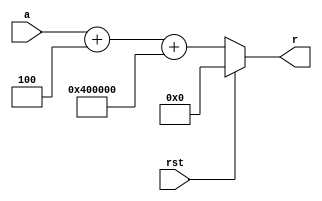
`timescale 1ns / 1ps
//////////////////////////////////////////////////////////////////////////////////
// Company: 
// Engineer: 
// 
// Design Name: 
// Module Name: add4
// Project Name: 
// Target Devices: 
// Tool Versions: 
// Description: 
// 
// Dependencies: 
// 
// Revision:
// Revision 0.01 - File Created
// Additional Comments:
// 
//////////////////////////////////////////////////////////////////////////////////


module add4(
    input [31:0] a,
    output [31:0] r,
    input rst
    );
    //for jal
    assign r = rst? 0 : a + 4 + 32'h00400000;
endmodule